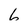
Character: 6